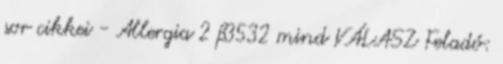
sor cikkei - Allergia 2 #3532 mind VÁLASZ Feladó: